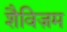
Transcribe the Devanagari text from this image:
शैविज़म